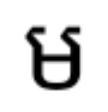
ម